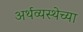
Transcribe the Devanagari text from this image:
अर्थव्यस्थेच्या